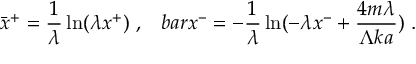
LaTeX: \bar { x } ^ { + } = { \frac { 1 } { \lambda } } \ln ( \lambda x ^ { + } ) \ , \ \ \, b a r x ^ { - } = - { \frac { 1 } { \lambda } } \ln ( - \lambda x ^ { - } + { \frac { 4 m \lambda } { \Lambda k a } } ) \ .